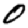
Digit: 0